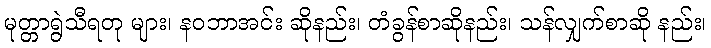
မုတ္တာရွဲသီရတု များ၊ နဝဘာအင်း ဆိုနည်း၊ တံခွန်စာဆိုနည်း၊ သန်လျှက်စာဆို နည်း၊